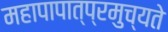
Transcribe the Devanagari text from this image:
महापापात्प्रमुच्यते